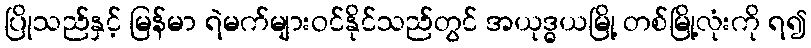
ပြိုသည်နှင့် မြန်မာ ရဲမက်များဝင်နိုင်သည်တွင် အယုဒ္ဓယမြို့ တစ်မြို့လုံးကို ရ၍